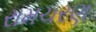
રામચરણ